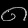
Digit: ၈